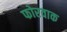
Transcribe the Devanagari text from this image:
फोरवाक